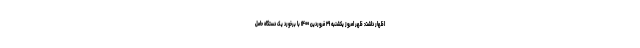
اظهار داشت: ظهر امروز یکشنبه ۲۹ فروردین ۱۴۰۰ با برخورد یک دستگاه حامل